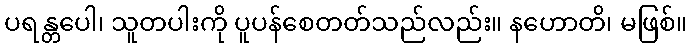
ပရန္တပေါ၊ သူတပါးကို ပူပန်စေတတ်သည်လည်း။ နဟောတိ၊ မဖြစ်။